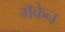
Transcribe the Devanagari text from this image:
मॅकेन